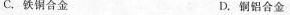
C.铁铜合金 D.铜铝合金